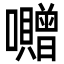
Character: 囎